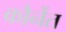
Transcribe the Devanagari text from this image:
कौर्नेत